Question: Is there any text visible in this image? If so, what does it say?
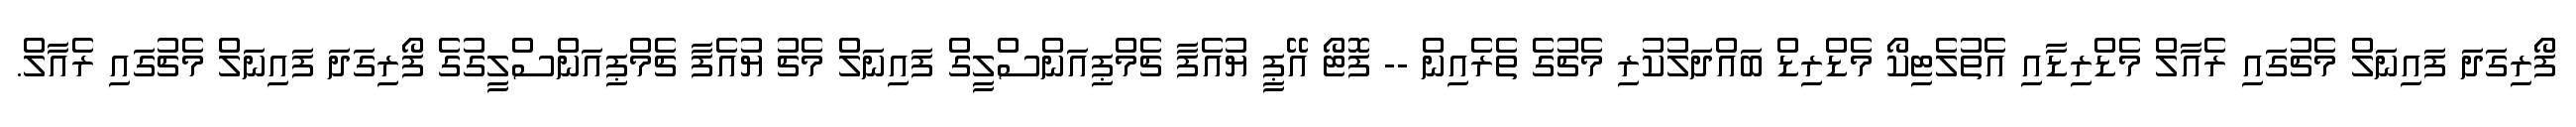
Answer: ފޯރިގަދަ ފައިނަލް މެޗުގައި ރެއާލް މެޑްރިޑާއި އެތުލެޓިކޯ މެޑްރިޑް ބައްދަލުކުރި މެޗުގެ ތެރެއިން -- ފޮޓޯ އޭޕީ ޔުއެފާ ޗެމްޕިއަންސްލީގް ފައިނަލް މެޗު ޔުއެފާ ޗެމްޕިއަންސްލީގުގެ ފޯރިގަދަ ފައިނަލް މެޗުގައި ރެއާލް.